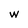
Character: W